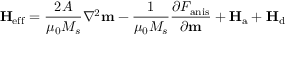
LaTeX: \mathbf { H } _ { \mathrm { e f f } } = { \frac { 2 A } { \mu _ { 0 } M _ { s } } } \nabla ^ { 2 } \mathbf { m } - { \frac { 1 } { \mu _ { 0 } M _ { s } } } { \frac { \partial F _ { \mathrm { a n i s } } } { \partial \mathbf { m } } } + \mathbf { H } _ { \mathrm { a } } + \mathbf { H } _ { \mathrm { d } }